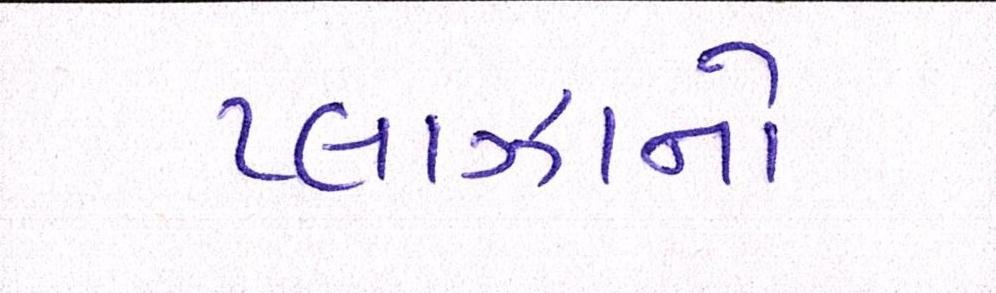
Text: પ્લાઝાનો